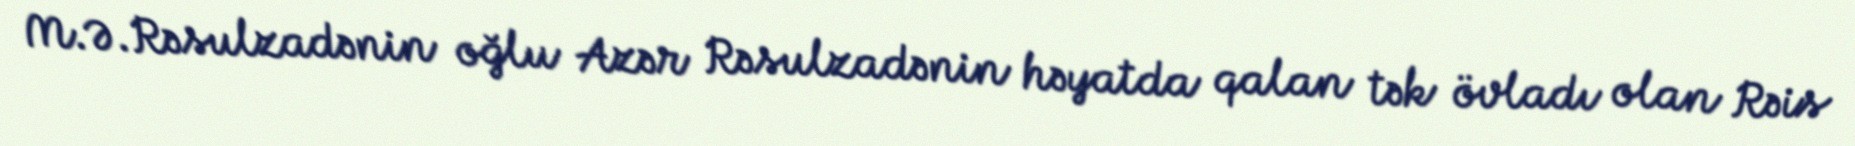
M.Ə.Rəsulzadənin oğlu Azər Rəsulzadənin həyatda qalan tək övladı olan Rəis